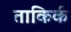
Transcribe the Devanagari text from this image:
ताकिर्क